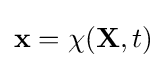
\mathbf {x} =\chi (\mathbf {X} ,t)